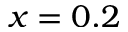
x = 0 . 2